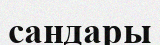
сандары